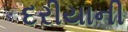
દરીયાની